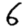
Digit: 6